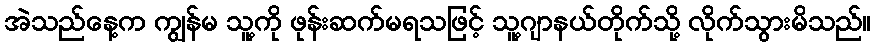
အဲသည်နေ့က ကျွန်မ သူ့ကို ဖုန်းဆက်မရသဖြင့် သူ့ဂျာနယ်တိုက်သို့ လိုက်သွားမိသည်။